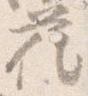
花